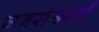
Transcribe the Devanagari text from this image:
जनसंख्याएँ